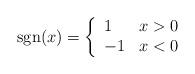
LaTeX: \begin{align*}{\rm sgn}(x)=\left\{\begin{array}{ll}1 \ & x>0 \\-1 & x<0 \\\end{array}\right.\end{align*}